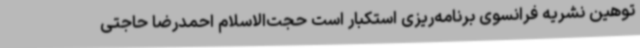
توهین نشریه فرانسوی برنامه‌ریزی استکبار است حجت‌الاسلام احمدرضا حاجتی